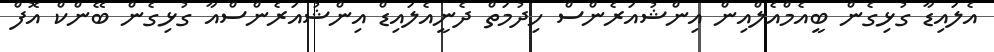
އެލައިޑާ ގުޅިގެން ބީއެމްއެލްއިން އިންޝުއަރެންސް ހިދުމަތް ދެނީއެލައިޑް އިންޝުއަރެންސްއާ ގުޅިގެން ބޭންކް އޮފް